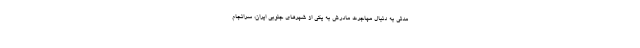
مدتی به دنبال مهاجرت مادرش به یکی از شهر‌های جنوبی ایران، سرانجام